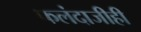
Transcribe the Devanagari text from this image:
फलंदाजीही